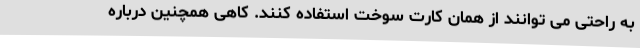
به راحتی می توانند از همان کارت سوخت استفاده کنند. کاهی همچنین درباره